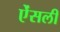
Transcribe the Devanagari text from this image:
ऐंसली